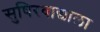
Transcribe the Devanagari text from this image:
सुषिरवाद्याला